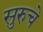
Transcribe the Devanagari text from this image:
सुरुचे